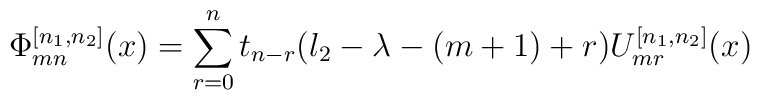
\Phi_{mn}^{[n_1,n_2]}(x) = \sum^n_{r=0} t_{n-r} (l_2-\lambda - (m+1) + r) U_{mr}^{[n_1,n_2]}(x)